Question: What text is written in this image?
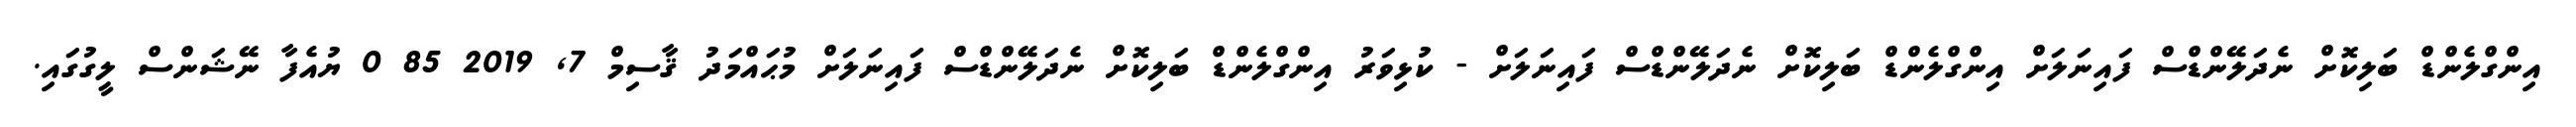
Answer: އިންގްލެންޑް ބަލިކޮށް ނެދަލޭންޑްސް ފައިނަލަށް އިންގްލެންޑް ބަލިކޮށް ނެދަލޭންޑްސް ފައިނަލަށް - ކުޅިވަރު އިންގްލެންޑް ބަލިކޮށް ނެދަލޭންޑްސް ފައިނަލަށް މުޙައްމަދު ޤާސިމް 7, 2019 85 0 ޔުއެފާ ނޭޝަންސް ލީގުގައި.